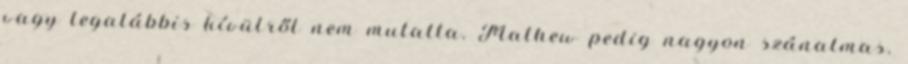
vagy legalábbis kívülről nem mutatta. Mathew pedig nagyon szánalmas.